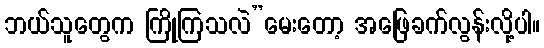
ဘယ်သူတွေက ကြိုကြသလဲ”မေးတော့ အဖြေခက်လွန်းလို့ပါ။